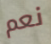
نعم